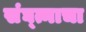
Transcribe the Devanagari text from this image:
संघ्त्नाचा